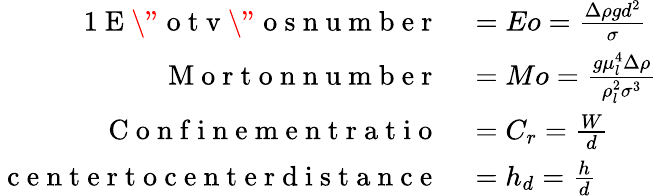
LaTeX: \begin{array}{rl}{{1}\mathrm{~E~\" ~o~t~v~\" ~o~s~n~u~m~b~e~r~}}&{{}=Eo=\frac{\Delta\rho gd^{2}}{\sigma}}\\ {\mathrm{~M~o~r~t~o~n~n~u~m~b~e~r~}}&{{}=Mo=\frac{g\mu_{l}^{4}\Delta\rho}{\rho_{l}^{2}\sigma^{3}}}\\ {\mathrm{~C~o~n~f~i~n~e~m~e~n~t~r~a~t~i~o~}}&{{}=C_{r}=\frac{W}{d}}\\ {\mathrm{~c~e~n~t~e~r~t~o~c~e~n~t~e~r~d~i~s~t~a~n~c~e~}}&{{}=h_{d}=\frac{h}{d}}\end{array}